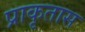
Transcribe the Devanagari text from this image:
प्राकृतास